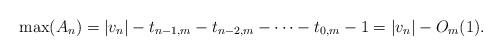
LaTeX: \begin{align*}\max(A_n)= |v_n|-t_{n-1,m}-t_{n-2,m}-\cdots-t_{0,m}-1=|v_n|-O_m(1).\end{align*}